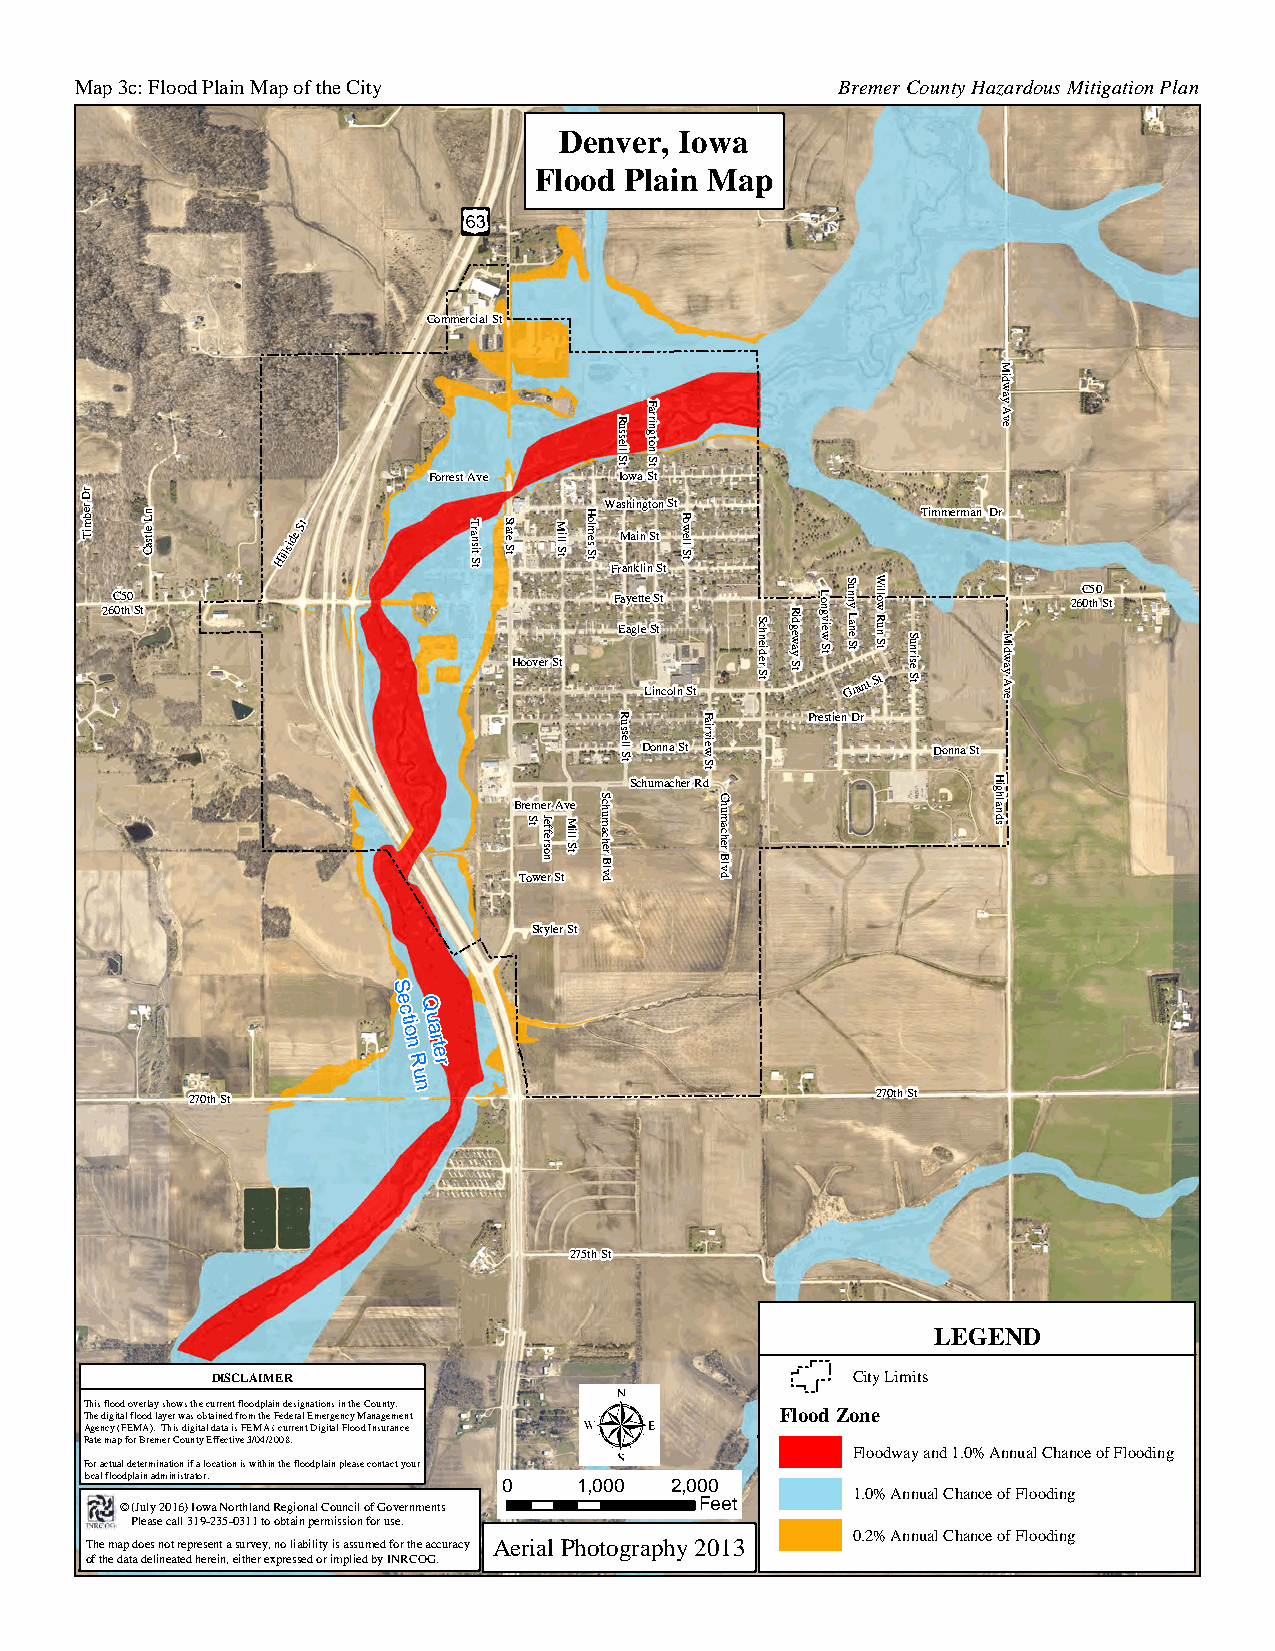
Map 3c: Flood Plain Map of the City               Bremer County Hazardous Mitigation Plan
 Denver, Iowa
 Flood Plain Map
 Commercial St
 M
 idw
 ay
 A
 ve
 Forrest Ave  Iowa St
 rD
 rebm iT nL eltsaC Hillside St T ran
 sit S t
 S tate
 S t
 M ill
 S t
 W Fa rMs ah nai kn i lng
 i
 nt So Stn
 t
 St
 tS
 llewoP          Timmerman Dr
 26C 05 th0 St
 Hoover St
 F Ea ay ge lt et Le S iS ntt
 coln St
 S ch
 neid
 er S t
 R id gew
 ay
 S t
 L on gv iew
 S t
 S u nn y L ane
 S t
 Grant
 tS
 nuR wolliW
 St
 S u nrise
 S t
 M idw
 ay A ve
 26C 05 th0 St
 R    F      Prestien Dr
 u
 ssell
 S
 t
 Donna St
 airview
 S
 Donna St
 t
 Schumacher Rd           H ig
 B Tr oe
 S t
 wm
 Jeffe
 ersone rr SA tv
 M ill
 S
 te S ch
 um acher
 B lvd
 C h
 um acher
 B lv
 d
 hlan
 ds
 Skyler St
 S
 eQ
 c
 tiou
 a
 n Rr te
 r
 u
 270th St      n                              270th St
 275th St
 LEGEND
 DISCLAIMER                                City Limits
 This flood overlay shows the current floodplain designations in the County.
 The digital flood layer was obtained from the Federal Emergency Management Flood Zone
 Agency (FEMA). This digital data is FEMA's current Digital Flood Insurance
 Rate map for Bremer County Effective 3/04/2008.
 Floodway and 1.0% Annual Chance of Flooding
 For actual determination if a location is within the floodplain please contact your
 local floodplain administrator. 0 1,000 2,000
 1.0% Annual Chance of Flooding
 © (July 2016) Iowa Northland Regional Council of Governments Feet
 Please call 319-235-0311 to obtain permission for use.
 0.2% Annual Chance of Flooding
 The map does not represent a survey, no liability is assumed for the accuracy Aerial Photography 2013
 of the data delineated herein, either expressed or implied by INRCOG.
 Holmes
 St
 Russell
 St
 Farrington
 St